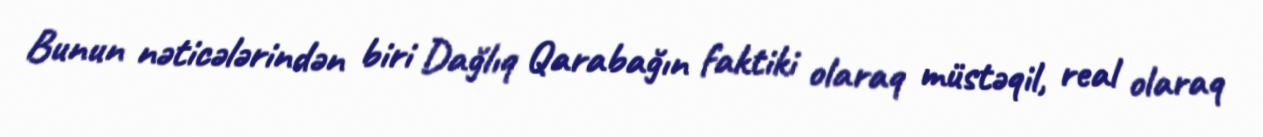
Bunun nəticələrindən biri Dağlıq Qarabağın faktiki olaraq müstəqil, real olaraq